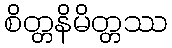
စိတ္တနိမိတ္တဿ